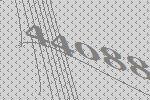
44088